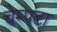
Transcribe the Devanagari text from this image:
चेम्पटा